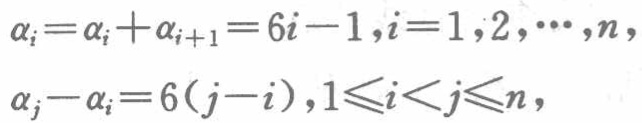
\(\alpha_{i}=\alpha_{i}+\alpha_{i + 1}=6i - 1,i = 1,2,\cdots,n\)，

\(\alpha_{j}-\alpha_{i}=6(j - i),1\leqslant i\lt j\leqslant n\)，